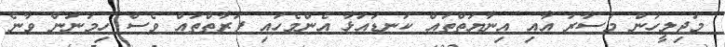
މަޖިލީހުން މުސާރަ އާއި އިނާޔަތްތައް ކަނޑައަޅާ އެންމެހައި ފަރާތްތައް ވެސް ހިމަނަން ވާނެ